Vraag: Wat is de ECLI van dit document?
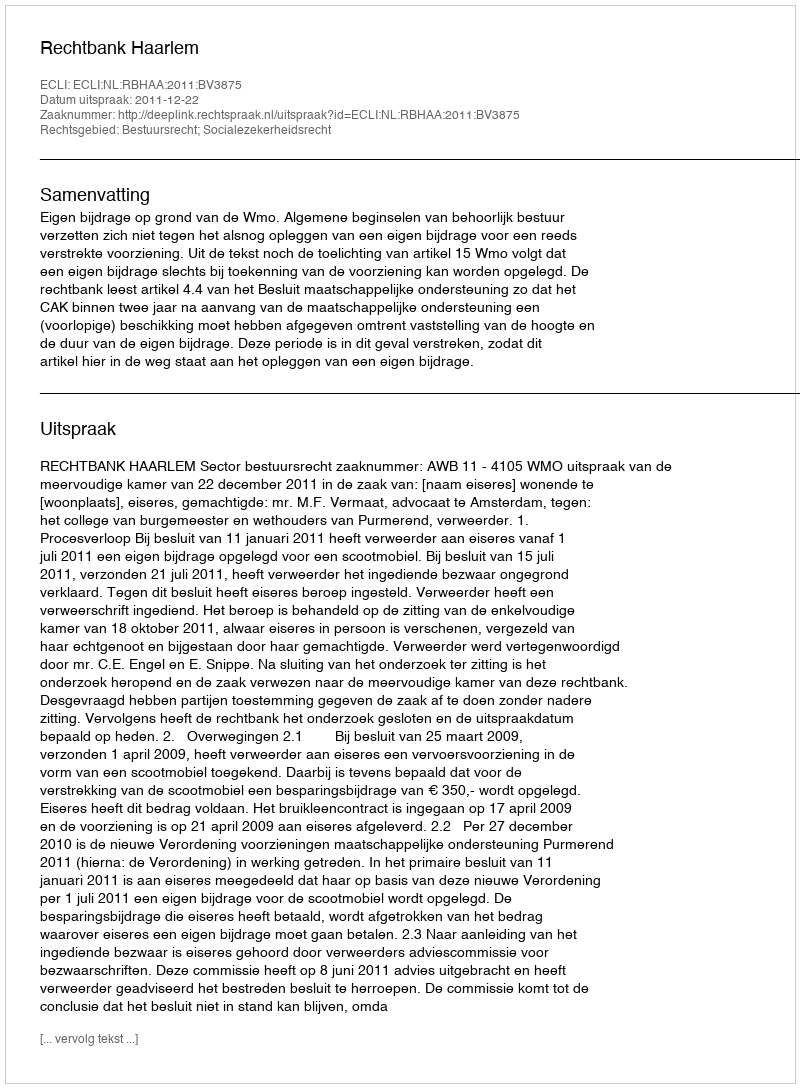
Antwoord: ECLI:NL:RBHAA:2011:BV3875